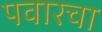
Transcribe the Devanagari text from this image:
पवारचा